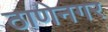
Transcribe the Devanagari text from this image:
ठाणेनगर